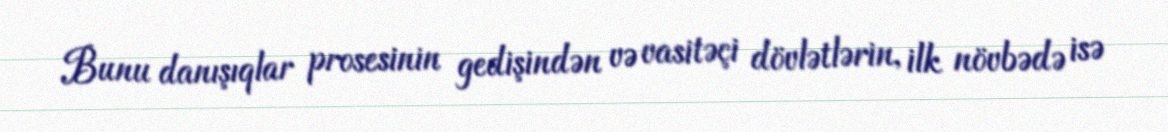
Bunu danışıqlar prosesinin gedişindən və vasitəçi dövlətlərin, ilk növbədə isə